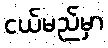
ငယ်မည်မှာ